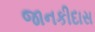
જાનકીદાસ